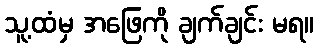
သူ့ထံမှ အဖြေကို ချက်ချင်း မရ။